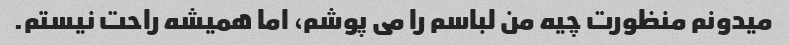
میدونم منظورت چیه من لباسم را می پوشم، اما همیشه راحت نیستم.